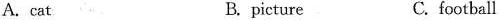
A. cat B. picture C. football